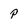
Character: p